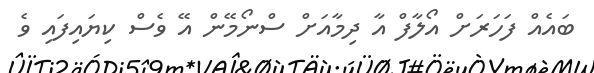
ބައެއް ފަހަރަށް އޯލާފް އާ ދިމާއަށް ސްނޯމޭން އޭ ވެސް ކިޔައިފައި ވެ